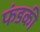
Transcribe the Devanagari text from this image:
फंडकी